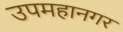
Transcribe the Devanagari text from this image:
उपमहानगर